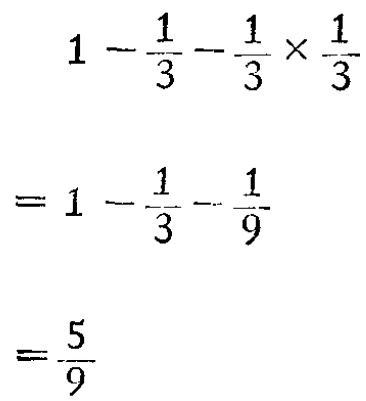
\[

\begin{align*}

&1 - \frac{1}{3} - \frac{1}{3} \times \frac{1}{3}\\

=&1 - \frac{1}{3} - \frac{1}{9}\\

=&\frac{5}{9}

\end{align*}

\]